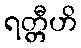
ရတ္တီဟိ